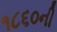
૧૮૬૦ની